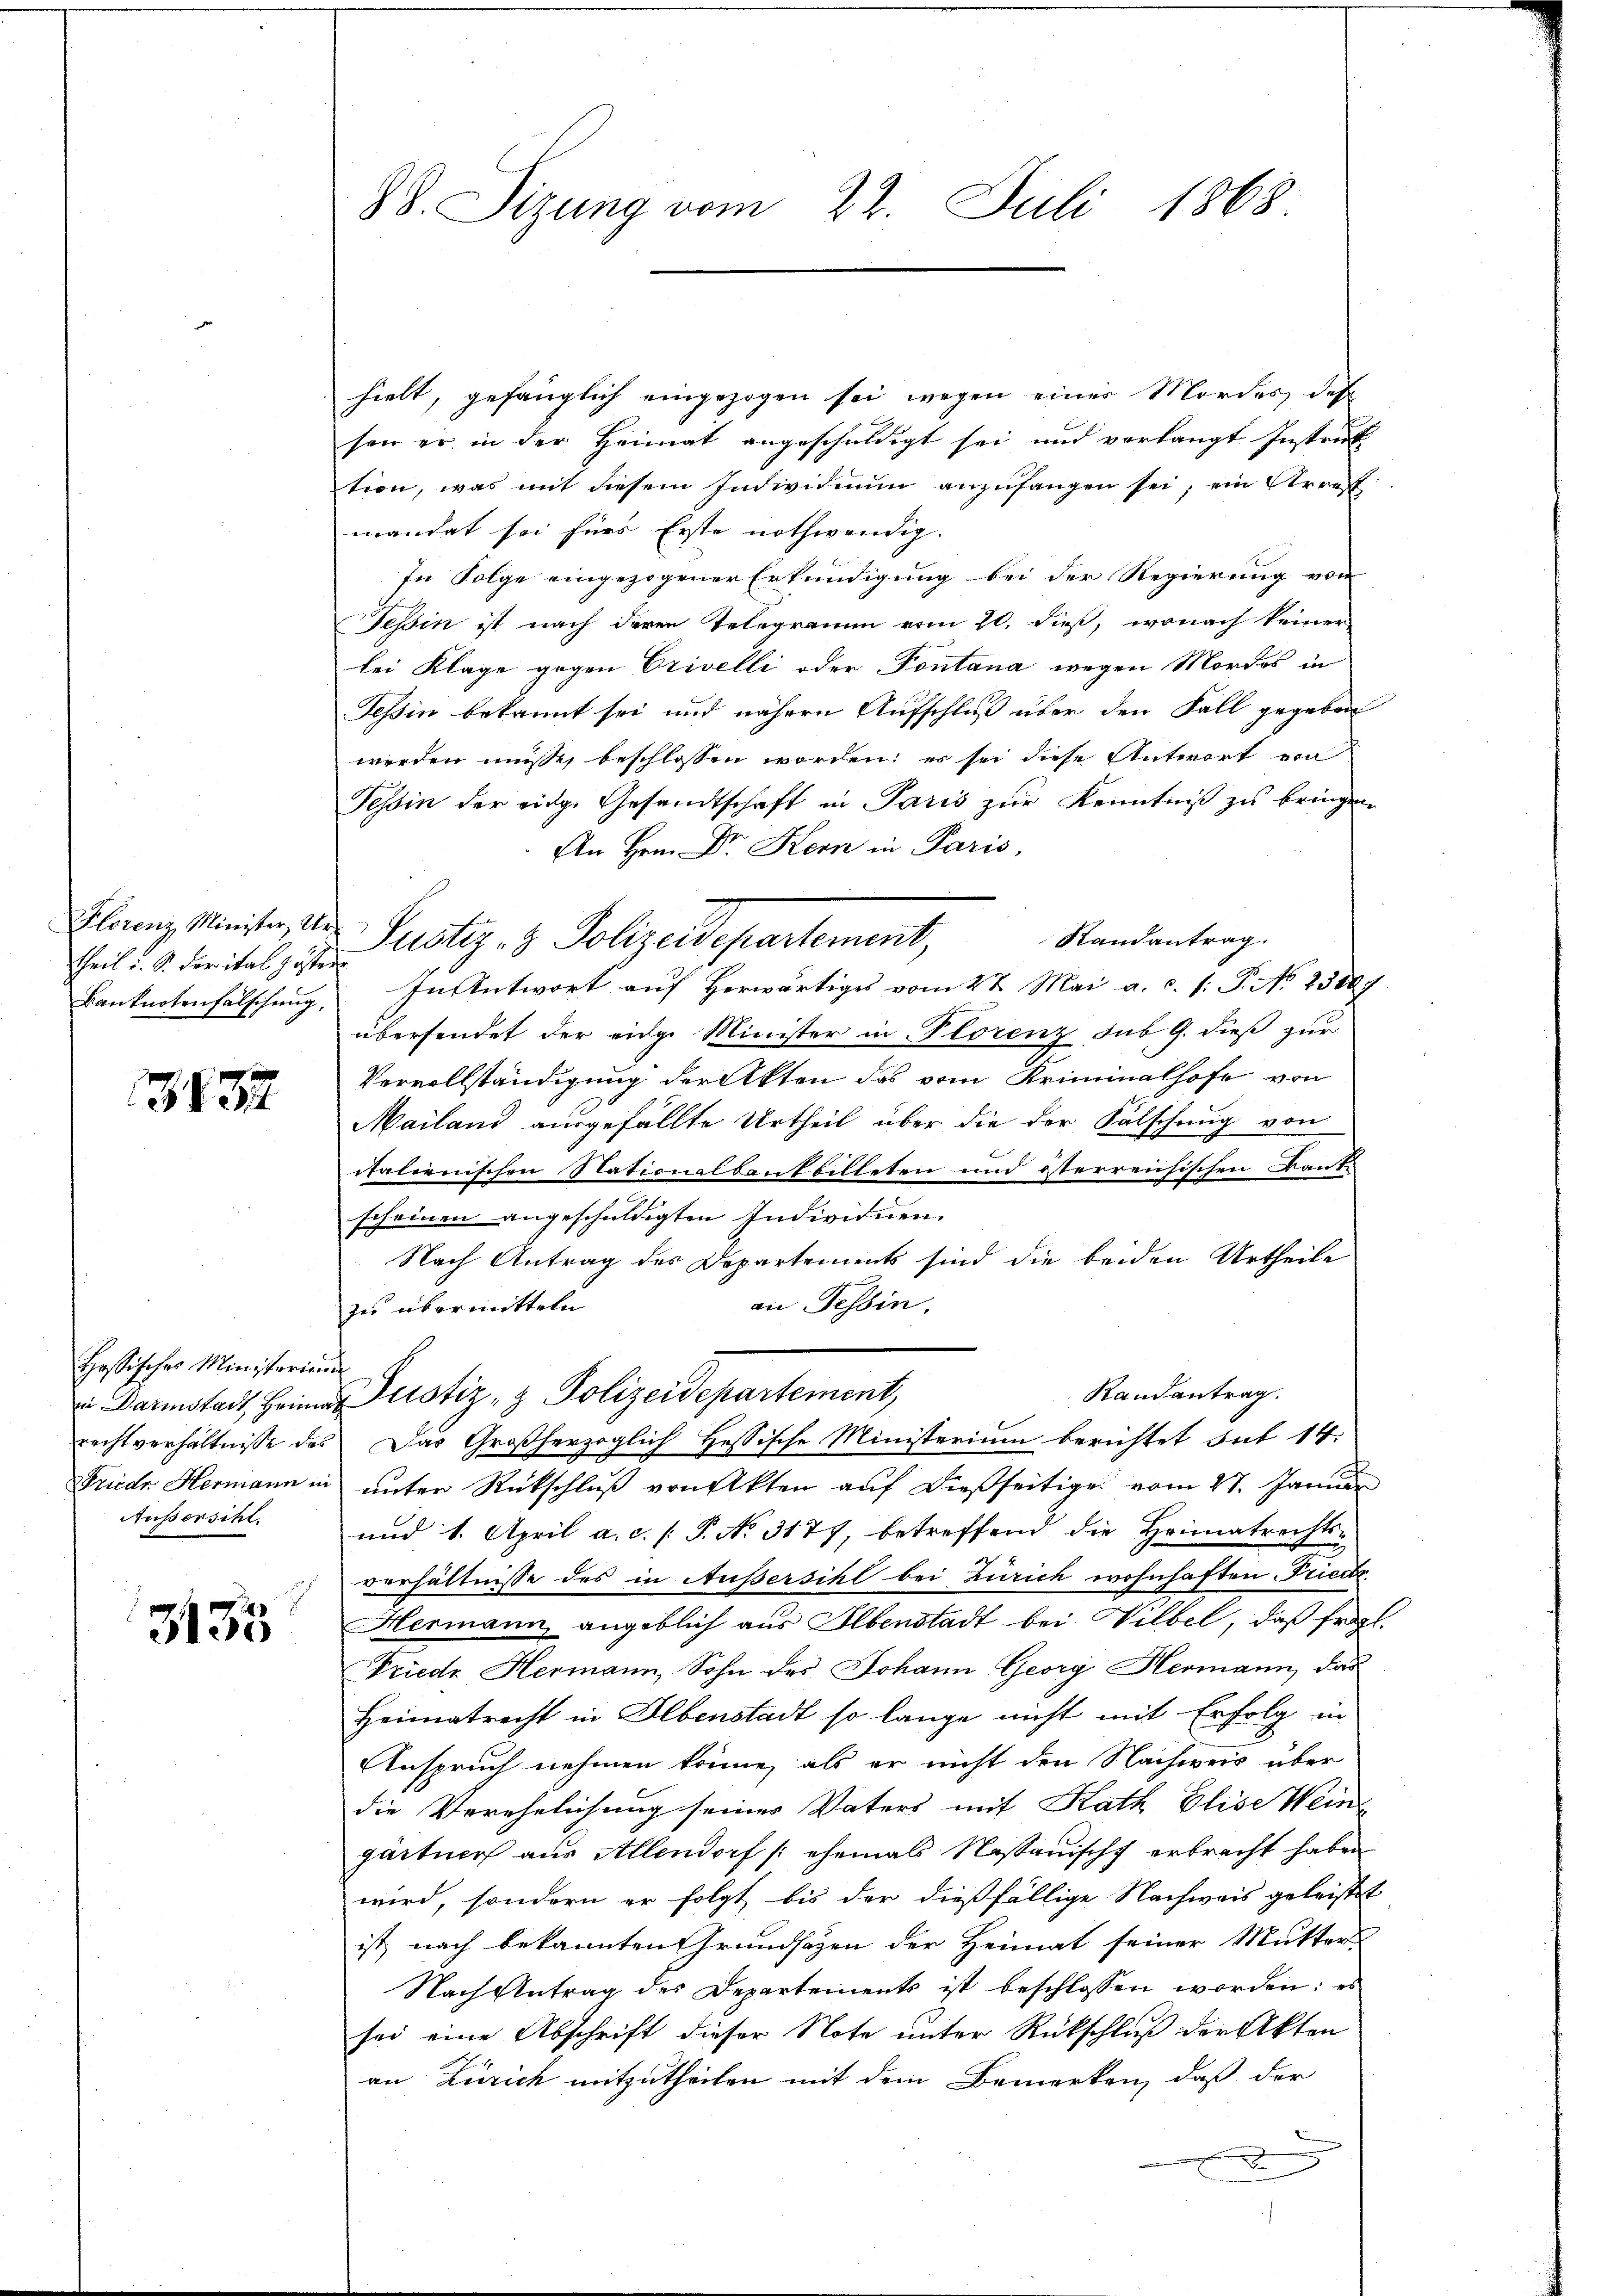
theil u. S. der ital zusten

3132

Hössisches Ministerium
Außersihl.

E
3155

88. Sizung vom 22. Juli 1868

hielt, gefänglich eingezogen sei wegen einer Mordes, des
sen er in der Heimat angeschuldigt sei und verlangt Instruk
tion, was mit diesem Indivisiuum anzufangen sei, ein Arreff
mandet sei fürs Erste nothwendig.
In Folge eingezogener Erkundigung bei der Regierung von
essin ist nach deren Telegramm vom 20. dieß, wonach keiner
lei Klage gegen Erivelli oder Pontana wegen Mordes in
Tessin bekannt sei und nähern Aufschluß über den Fall gegeben
werden müsse, beschlossen worden; es sei diese Antwort ein
Tessin der eidg. Gesandtschaft in Paris zur Kenntniß zu bringen.
An Hrn. Dr. Kern in Paris,
flanz Minister, der Justiz- & Polizeidepartement,
Randantrag.
Banknotenfalschung. In Antwort aŭf herwärtiges vom 27. Mai a. c. s. S. No. 2388.
übersendet der eidge Minister in Florenz sub 9. dieß zur
Vervollständigung der Akten das von Kriminalhofe von
Mailand ausgefällte Urtheil über die der Fälschung von
italienischen Nationalbank billeten und isterreisischen Kant
scheinen angeschuldigten Individuen.
Nach Antrag des Departements sind die beiden Urtheile
an Tessin.
zu übermitteln
Randantrag.
v. Darmstadt, Heine Justiz- & Polizeidepartement,
rechtverhältnisse des Das Großherzoglich Hessische Ministerium berichtet hat 14:
Friedr. Hermann in ŭnter Rückschlŭβ von Akten aŭf dießseitige vom 27. Januar
und 1. April a. c. (T. No. 3177, betreffend die Heimatrechtse
verhältnisse des in Außersihl bei Zürich wohnhaften Friedr.
Hermann angeblich aus Ebenstadt bei Wilbel, daß fragl.
Friedr Hermann, Sohn des Johann Georg Hermann, das
Heimatrecht in Olbenstadt so lange nicht mit Erfolg in
Anspruch nehmen könne, als er nicht den Nachweis über
die Verehelichung seiner Vaters mit Rath Elise Wein
gärtner aus Allendorf (ehemals Nassauischt erbracht haben
wird, sondern er folgt bis der dießfällige Nachweis geleistet
ist nach bekannten Grundsätzen der Heimat seiner Mutters
Nach Antrag des Departements ist beschlossen worden; es
sei eine Abschrift dieser Note unter Rückschluß der Akten
an Zürich mitzutheilen mit dem Bemerken, daß der
D